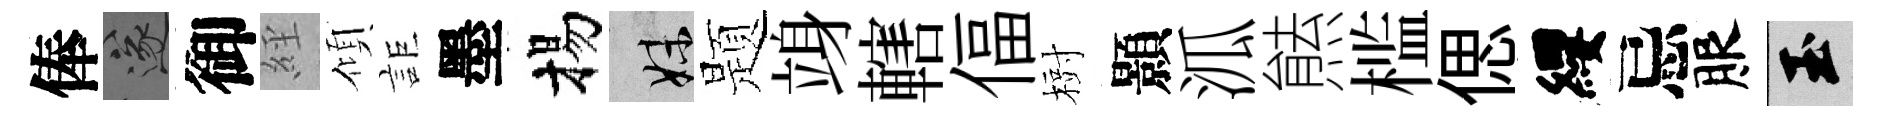
俸遂御𦀇傾詎墨揚妹题竧轄偪𣗳顥泒㷱槛偲纓忌服玉